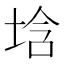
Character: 𡌢